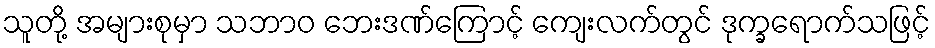
သူတို့ အများစုမှာ သဘာဝ ဘေးဒဏ်ကြောင့် ကျေးလက်တွင် ဒုက္ခရောက်သဖြင့်